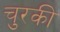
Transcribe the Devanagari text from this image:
चुरकी